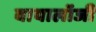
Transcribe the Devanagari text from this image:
बायालॉजी